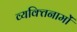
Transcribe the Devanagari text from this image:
व्यक्‍तिनामों